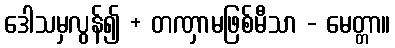
ဒေါသမှလွန်၍ + တဏှာမဖြစ်မီသာ - မေတ္တာ။